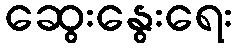
ဆွေးနွေးရေး